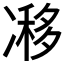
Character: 𠗺